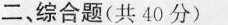
二、综合题(共40分)